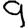
Digit: 9